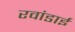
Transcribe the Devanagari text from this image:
रवांडाई